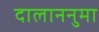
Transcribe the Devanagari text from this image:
दालाननुमा